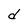
Character: d